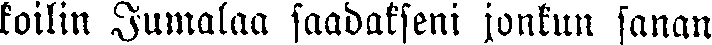
koilin Jumalaa saadakseni jonkun sanan